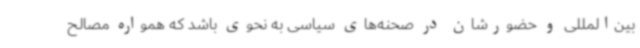
بین‌المللی و حضورشان در صحنه‌های سیاسی به نحوی باشد که همواره مصالح